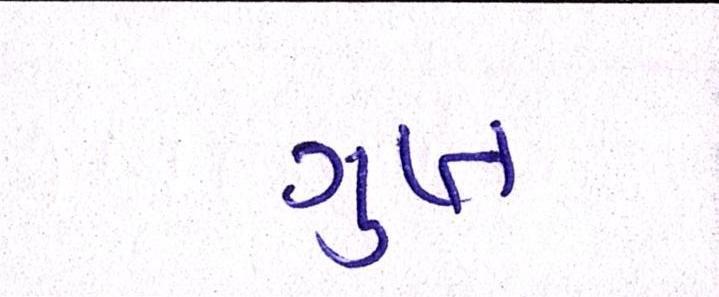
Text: ગુપ્ત